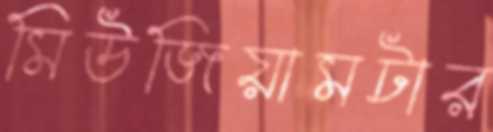
মিউজিয়ামটার